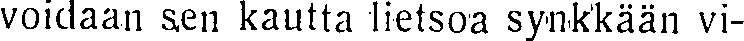
voidaan sen kautta lietsoa synkkään vi-